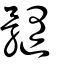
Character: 𩪏